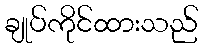
ချုပ်ကိုင်ထားသည်